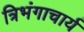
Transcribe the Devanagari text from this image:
त्रिभंगाचार्य